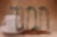
תמוד